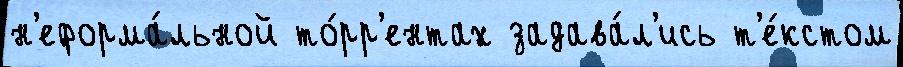
н'еформа́льной то́рр'ентах задава́л'ись т'е́кстом